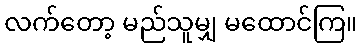
လက်တော့ မည်သူမျှ မထောင်ကြ။